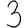
Digit: 3